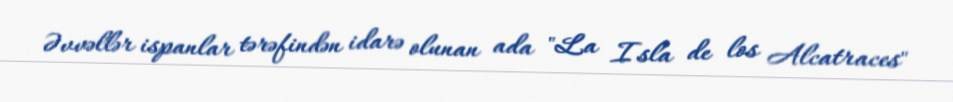
Əvvəllər ispanlar tərəfindən idarə olunan ada "La Isla de los Alcatraces"